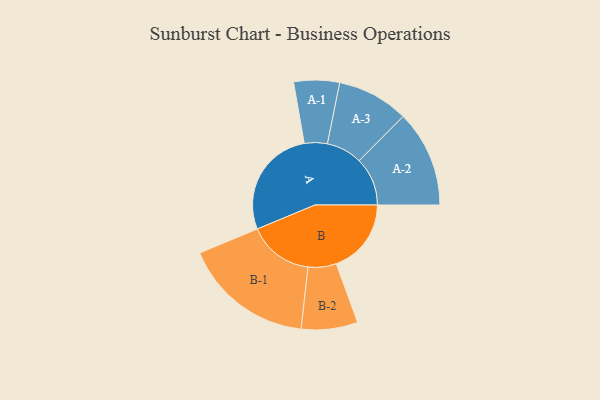
{"axis": {"x": "Segment", "y": "Value"}, "legend": ["", "A", "B"], "data": [{"x": "A", "y": 491, "type": ""}, {"x": "B", "y": 335, "type": ""}, {"x": "A-1", "y": 102, "type": "A"}, {"x": "A-2", "y": 216, "type": "A"}, {"x": "A-3", "y": 160, "type": "A"}, {"x": "B-1", "y": 292, "type": "B"}, {"x": "B-2", "y": 126, "type": "B"}]}